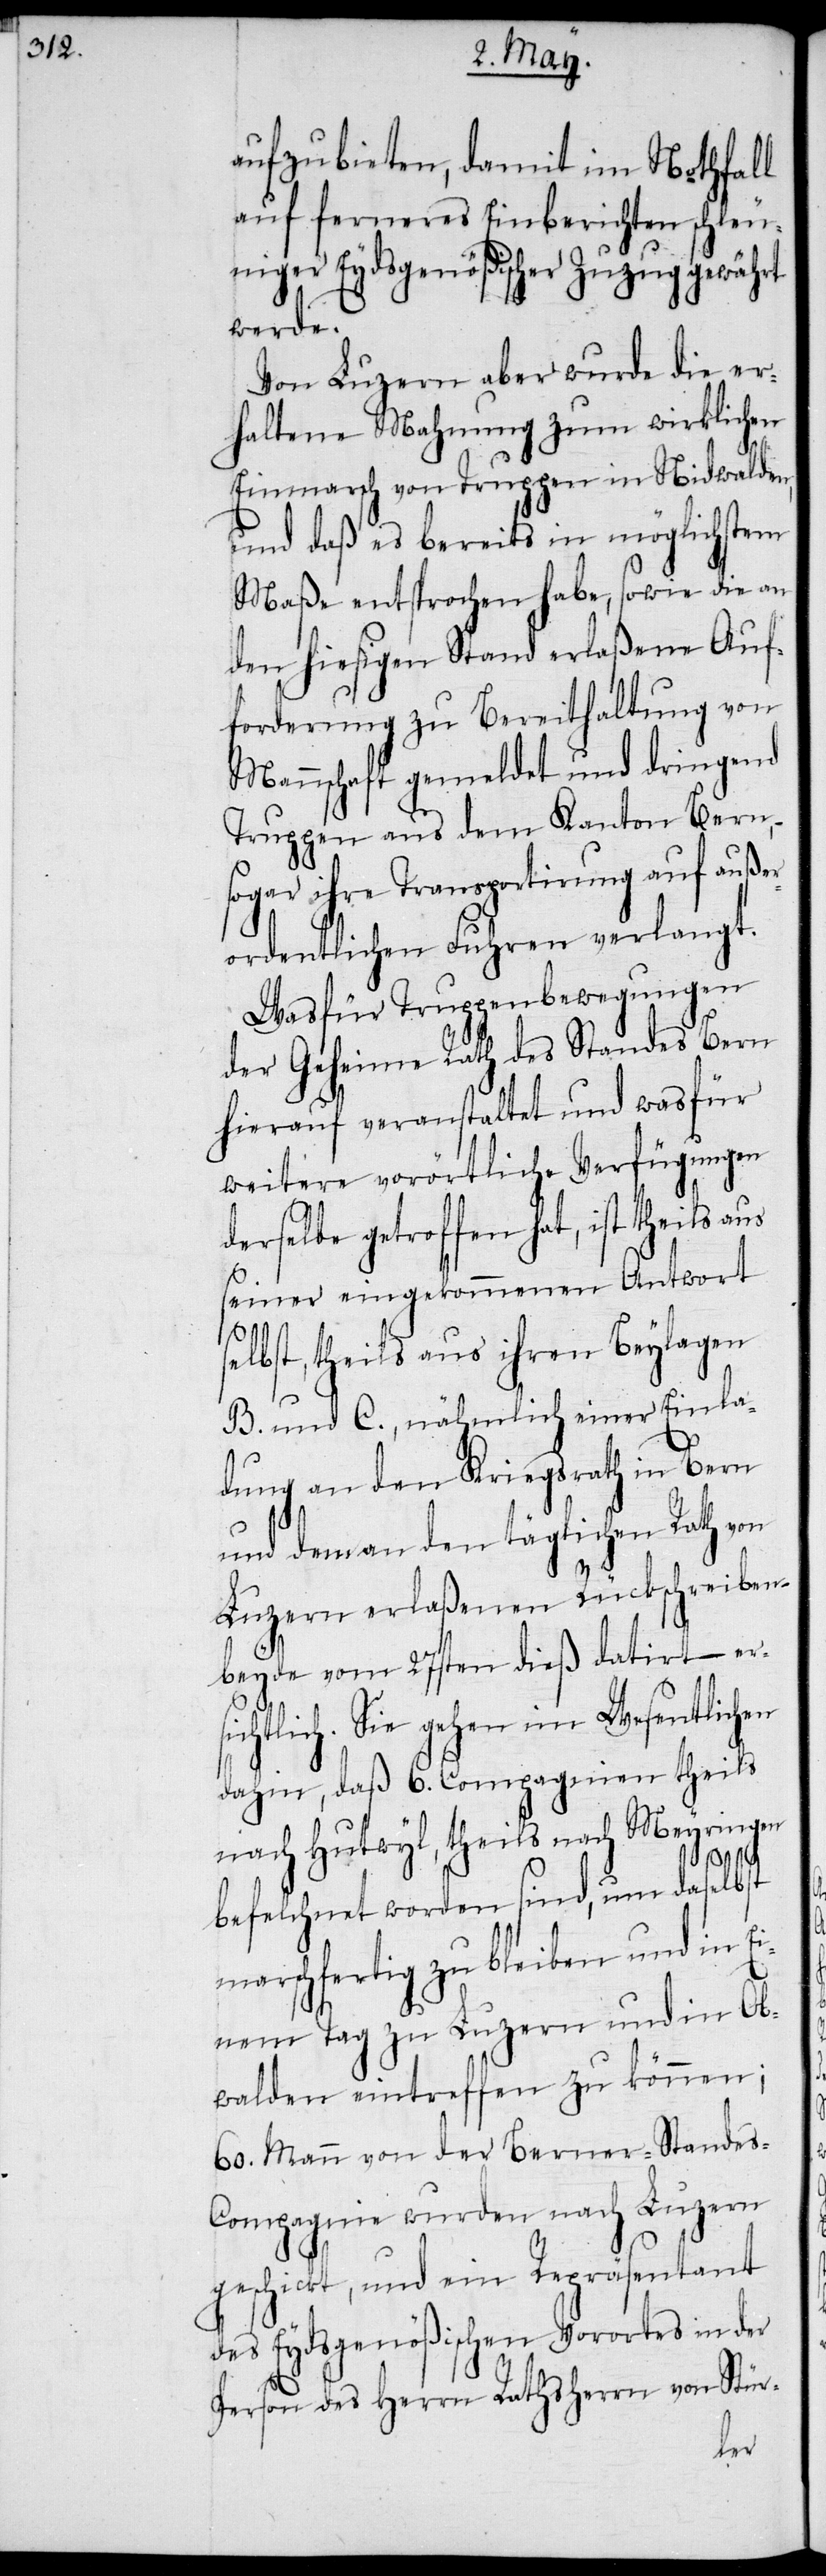
aufzubieten, damit im Nothfall
auf ferneres Einberichten schleu¬
niger Eydsgenößischer Zuzug gewährt
werde.
Von Luzern aber wurde die er¬
haltene Mahnung zum wirklichen
Einmarsch von Truppen in Nidwalden,
und daß es bereits in möglichstem
Maße entsprochen habe, sowie die an
den hiesigen Stand erlaßene Auf¬
forderung zu Bereithaltung von
Mannschaft gemeldet und dringend
Truppen aus dem Kanton Bern,
sogar ihrer Transportirung auf außer¬
ordentlichen Fuhren verlangt.
Wasfür Truppenbewegungen
der Geheime Rath des Standes Bern
hierauf veranstaltet und wasfür
weitere vorörtliche Verfügungen
derselbe getroffen hat, ist theils aus
seiner eingekommenen Antwort
elbst, theils aus ihren Beylagen
B. und C., nähmlich einer Einla¬
dung an den Kriegsrath in Bern
und dem an den täglichen Rath von
Luzern erlaßenen Rückschreiben
beyde vom 27sten dieß datirt – er¬
chtlich. Sie gehen im Wesentlichen
dahin, daß 6. Compagnien theils
nach Hutwyl, theils nach Meyringen
si¬
befelchnet worden sind, um daselbst
marschfertig zu bleiben und in Ei¬
nem Tag zu Luzern und in Ob¬
walden eintreffen zu können;
60. Mann von der Berner-Standes-C¬
ompagnie wurden nach Luzern
geschickt, und ein Repräsentant
des Eydsgenößischen Vorortes in der
Person des Herrn Rathsherrn von Stür-